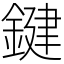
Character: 鍵